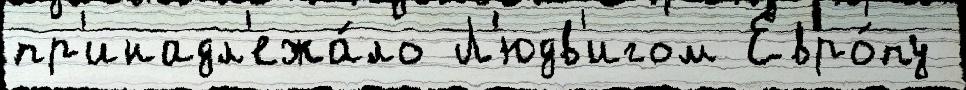
пр'инадл'ежа́ло Л'юдв'игом Евро́пу